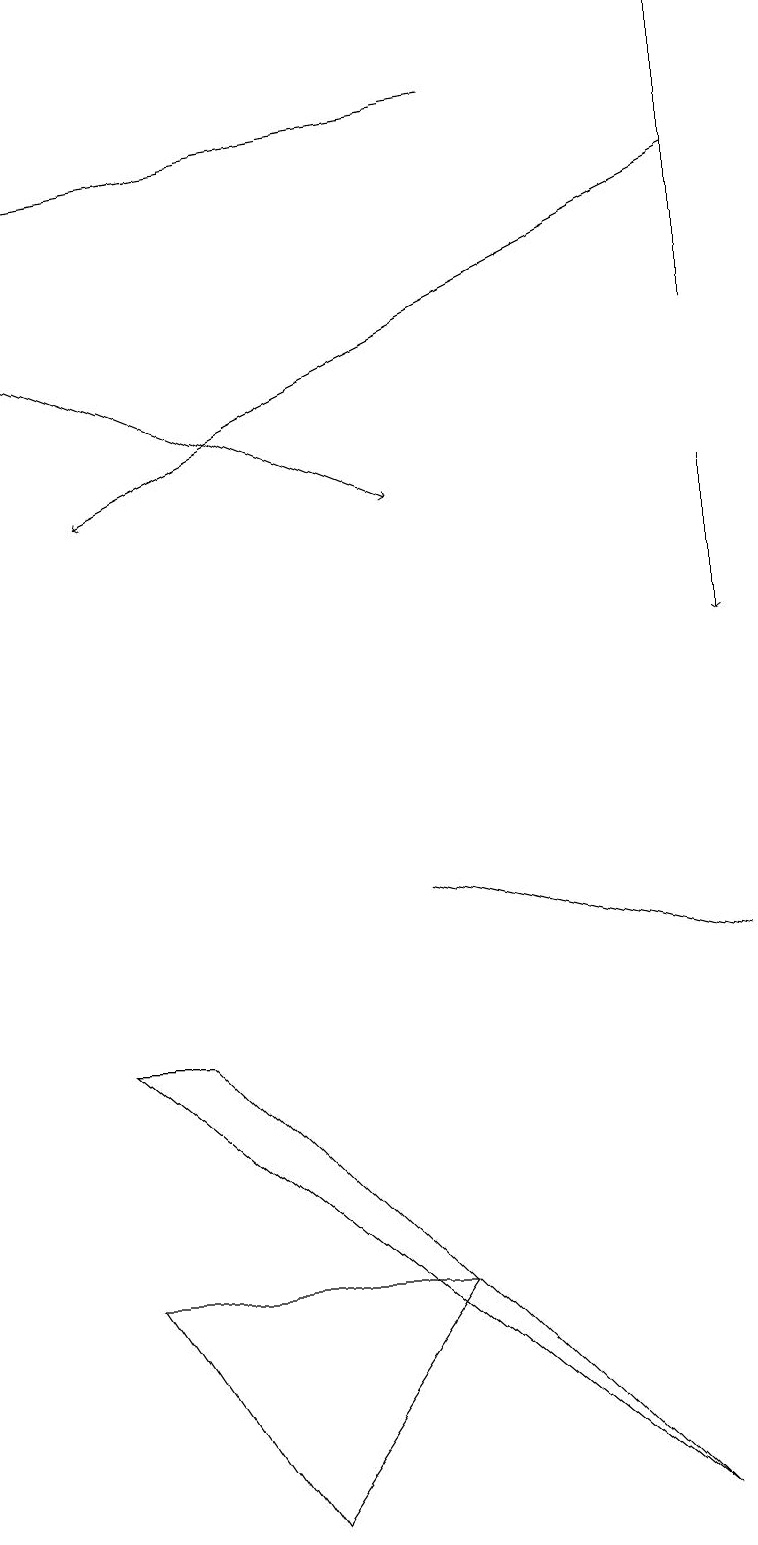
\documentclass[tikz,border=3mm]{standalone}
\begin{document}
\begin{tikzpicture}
\draw (9,15) rectangle (9,19);
\draw (1,3) -- (5,3) -- (3,0) -- cycle;
\draw[->] (6,18) -- (0,17);
\draw (8,0) -- (2,6) -- (1,6) -- cycle;
\draw[->] (9,17) -- (1,13);
\draw (9,7) -- (5,8) -- (9,7) -- cycle;
\draw[->] (9,13) -- (9,11);
\draw[->] (0,15) -- (5,13);
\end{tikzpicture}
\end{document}